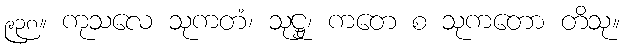
၉၃၈။ ကုသလေ သုကတံ၊ သုဋ္ဌု၊ ကတေ စ သုကတော တိသု။